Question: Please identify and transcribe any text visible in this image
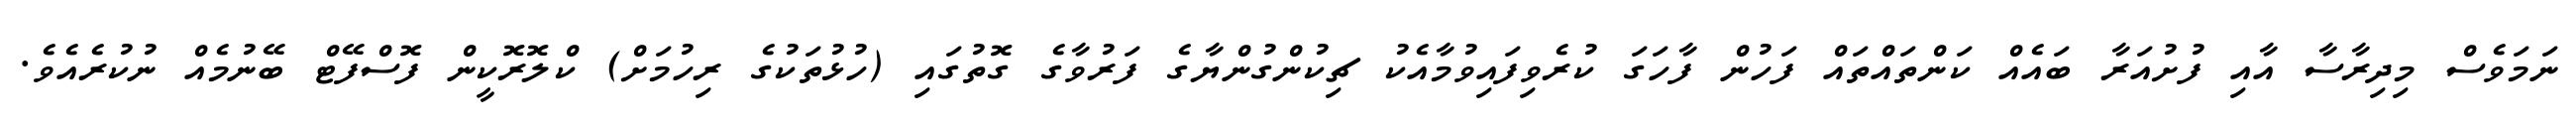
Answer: ނަމަވެސް މިދިރާސާ އާއި ފުށުއަރާ ބައެއް ކަންތައްތައް ފަހުން ފާހަގަ ކުރެވިފައިވުމާއެކު ޗިކުންގުންޔާގެ ފަރުވާގެ ގޮތުގައި (ހުޅުތަކުގެ ރިހުމަށް) ކްލޮރޮކީން ފޮސްފޭޓް ބޭނުމެއް ނުކުރެއެވެ.